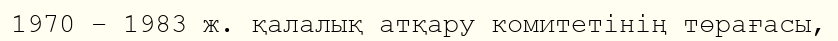
1970 – 1983 ж. қалалық атқару комитетінің төрағасы,